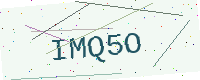
Text: IMQ5O